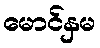
မောင်နှမ